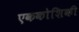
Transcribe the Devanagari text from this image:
एककोशिकी